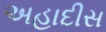
અહાદીસ